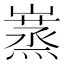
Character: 𡽮